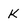
Character: k